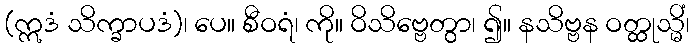
(ဣဒံ သိက္ခာပဒံ)၊ ပေ။ စီဝရံ၊ ကို။ ဝိသိဗ္ဗေတွာ၊ ၍။ နသိဗ္ဗန ဝတ္ထုသ္မိံ၊